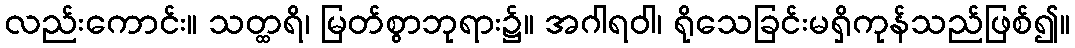
လည်းကောင်း။ သတ္ထရိ၊ မြတ်စွာဘုရား၌။ အဂါရဝါ၊ ရိုသေခြင်းမရှိကုန်သည်ဖြစ်၍။